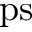
\mathrm { p s }